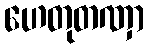
ဟေတုတဏှာ